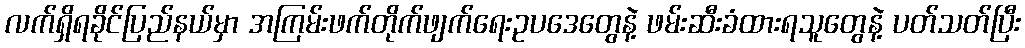
လက်ရှိရခိုင်ပြည်နယ်မှာ အကြမ်းဖက်တိုက်ဖျက်ရေးဥပဒေတွေနဲ့ ဖမ်းဆီးခံထားရသူတွေနဲ့ ပတ်သတ်ပြီး